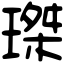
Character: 㻧